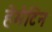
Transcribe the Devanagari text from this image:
हेमेटिन